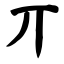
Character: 丌